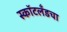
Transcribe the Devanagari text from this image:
स्कॉटलँडचा